Investigations into the jail dietaries of the United Provinces with some observations on the influence of dietary on the physical development and well-being of the people of the United Provinces - Number 48
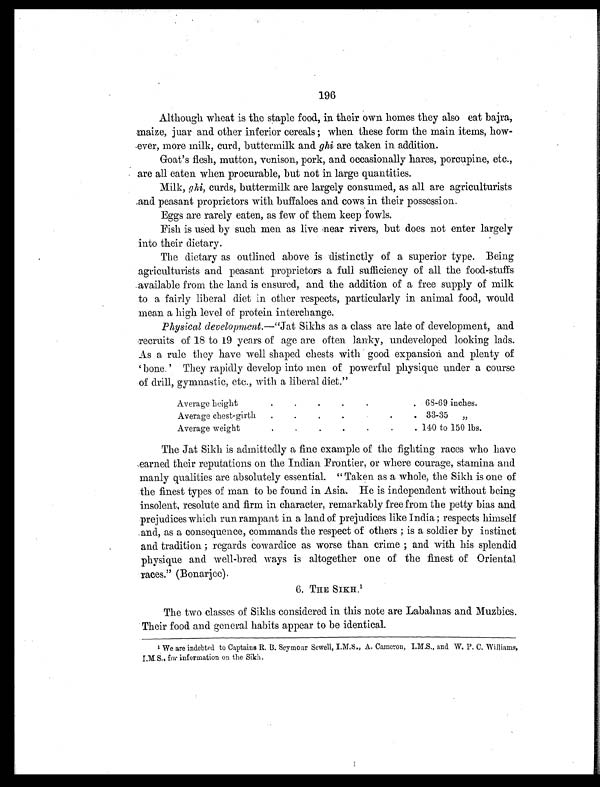
196
Although wheat is the staple food, in their own homes they also eat bajra,
maize, juar and other inferior cereals ; when these form the main items, how-
ever, more milk, curd, buttermilk and. ghi are taken in addition.
Goat's flesh, mutton, venison, pork, and occasionally hares, porcupine, etc.,
are all eaten when procurable, but not in large quantities.
Milk, ghi, curds, buttermilk are largely consumed, as all are agriculturists
and peasant proprietors with buffaloes and cows in their possession.
Eggs are rarely eaten, as few of them keep fowls.
Fish is used by such men as live near rivers, but does not enter largely
into their dietary.
The dietary as outlined above is distinctly of a superior type. Being
agriculturists and peasant proprietors a full sufficiency of all the food-stuffs
available from the land is ensured, and the addition of a free supply of milk
to a fairly liberal diet in other respects, particularly in animal food, would
mean a high level of protein interchange.
Physical development. —"Jat Sikhs as a class are late of development, and
recruits of 18 to 19 years of age are often lanky, undeveloped looking lads.
As a rule they have well shaped chests with good expansion and plenty of
'bone.' They rapidly develop into men of powerful physique under a course
of drill, gymnastic, etc., with a liberal diet."
Average height
.
. . . . . 68-69 inches.
Average chest-girth .
.
.
.
.
33-35 „
Average weight
.
. . . . . . 140 to 150 lbs.
The Jat Sikh is admittedly a fine example of the fighting races who have
earned their reputations on the Indian Frontier, or where courage, stamina and
manly qualities are absolutely essential. "Taken as a whole, the Sikh is one of
the finest types of man to be found in Asia. He is independent without being
insolent, resolute and firm in character, remarkably free from the petty bias and
prejudices which run rampant in a land of prejudices like India; respects himself
and, as a consequence, commands the respect of others ; is a soldier by instinct
and tradition ; regards cowardice as worse than crime ; and with his splendid
physique and well-bred ways is altogether one of the finest of Oriental
races." (Bonarjee).
6. THE SIKH.1
The two classes of Sikhs considered in this note are Labahnas and Muzbies.
Their food and general habits appear to be identical.
1 We are indebted to Captains R. B. Seymour Sewell, I.M.S., A. Cameron, I.M.S., and W. P. C. Williams,
I.M.S., for information on the Sikh.